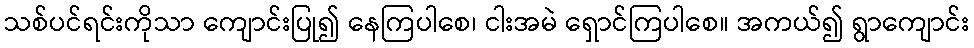
သစ်ပင်ရင်းကိုသာ ကျောင်းပြု၍ နေကြပါစေ၊ ငါးအမဲ ရှောင်ကြပါစေ။ အကယ်၍ ရွာကျောင်း